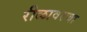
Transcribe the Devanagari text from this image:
रीळावरचा